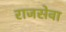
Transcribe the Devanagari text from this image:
राजसेवा